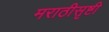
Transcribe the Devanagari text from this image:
मराठीसृष्टी